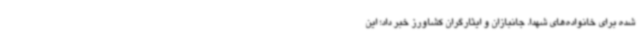
شده برای خانواده‌های شهدا، جانبازان و ایثارگران کشاورز خبر داد؛ این